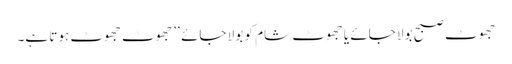
جھوٹ صبح بولا جائے یا جھوٹ شام کو بولا جائے ’’جھوٹ جھوٹ ہوتا ہے۔